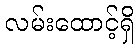
လမ်းထောင့်ရှိ